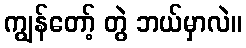
ကျွန်တော့် တွဲ ဘယ်မှာလဲ။